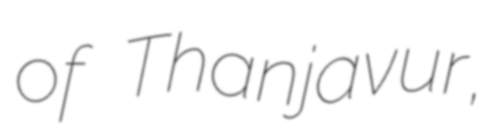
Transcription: of Thanjavur,